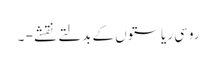
روسی ریاستوں کے بدلتے نقشے - ۔